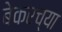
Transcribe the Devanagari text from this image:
बेकरच्या